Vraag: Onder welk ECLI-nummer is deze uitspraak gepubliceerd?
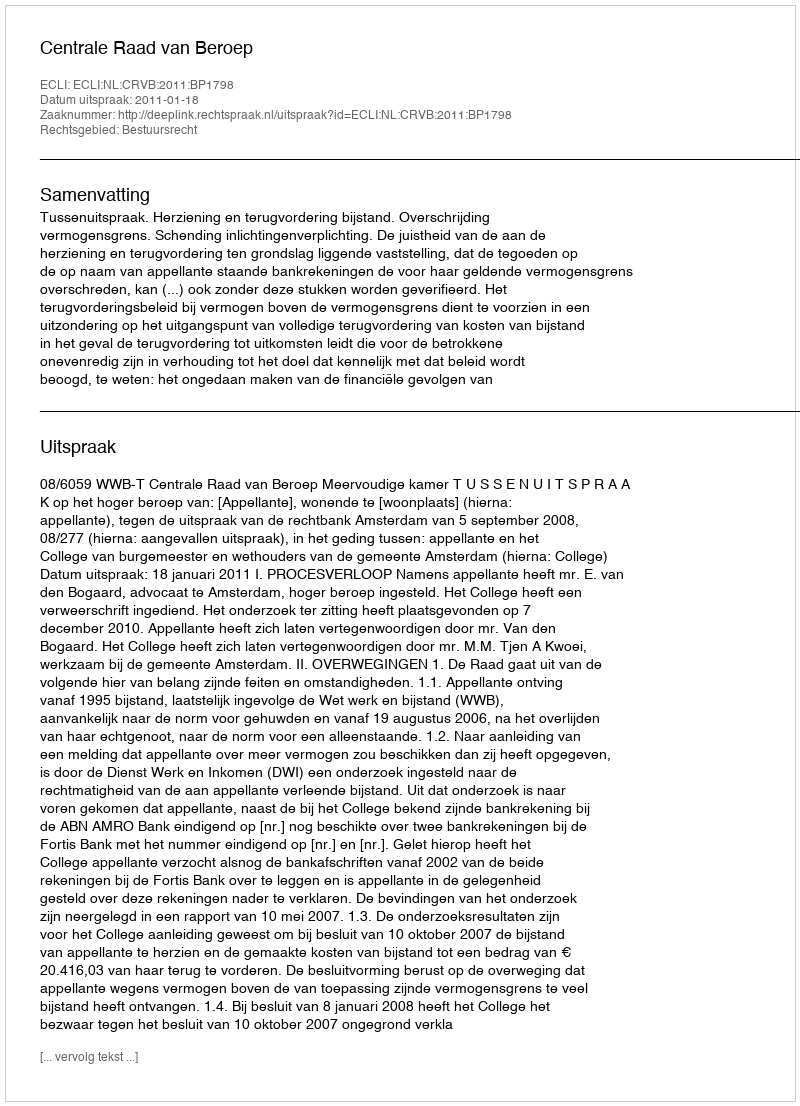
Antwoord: ECLI:NL:CRVB:2011:BP1798